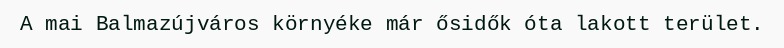
A mai Balmazújváros környéke már ősidők óta lakott terület.